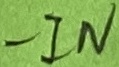
Text: -IN